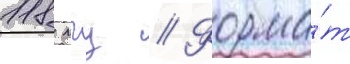
118 мгц // Форма́т